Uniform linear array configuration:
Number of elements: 8
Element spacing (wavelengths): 0.5
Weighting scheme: exponential
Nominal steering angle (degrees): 45
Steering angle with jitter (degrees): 44.888
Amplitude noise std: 0.05
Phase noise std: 0.05

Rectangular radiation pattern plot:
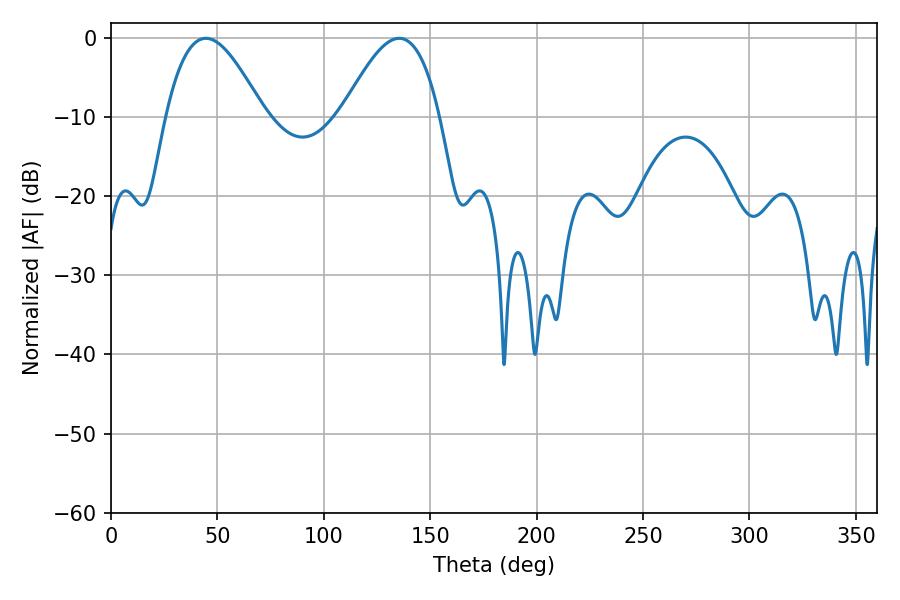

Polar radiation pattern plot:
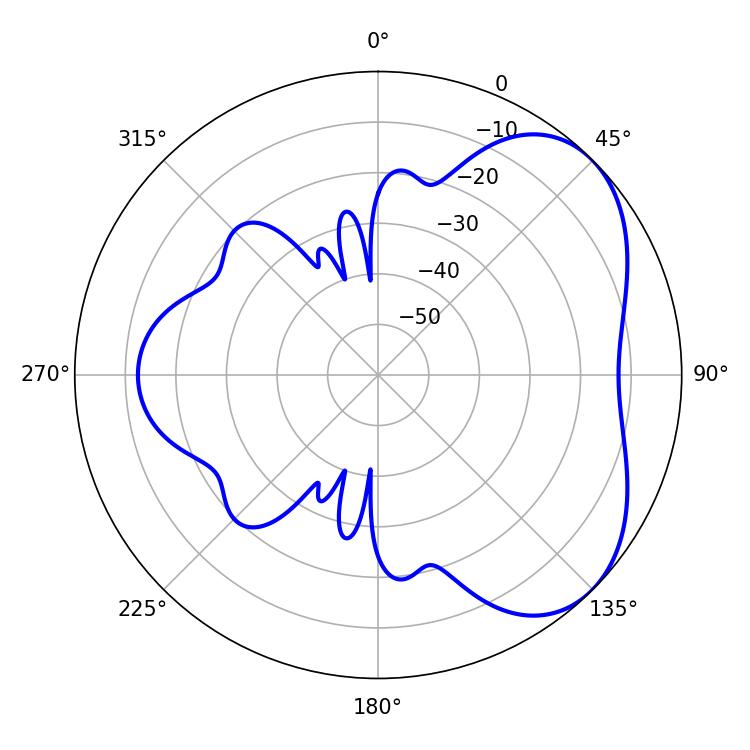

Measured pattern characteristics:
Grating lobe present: FALSE
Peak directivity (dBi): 4.696
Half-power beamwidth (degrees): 24.84
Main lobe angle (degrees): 44.64